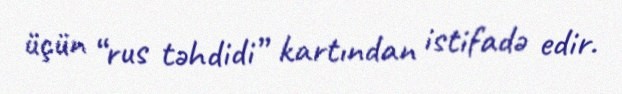
üçün “rus təhdidi” kartından istifadə edir.